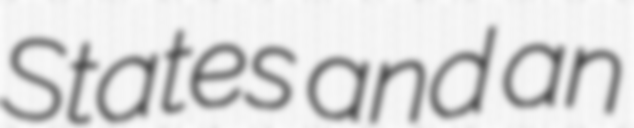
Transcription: States and an